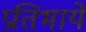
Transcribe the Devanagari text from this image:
प्रतिभायें